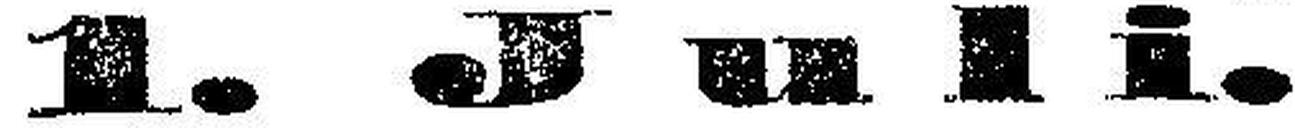
1. Juli.